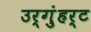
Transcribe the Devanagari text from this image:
उर्गुंहर्ट